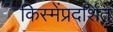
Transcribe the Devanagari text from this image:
किस्मेंप्रदर्शित